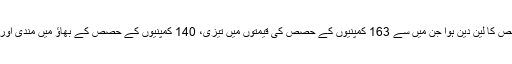
مارکیٹ میں مجموعی طور پر 325 کمپنیوں کے حصص کا لین دین ہوا جن میں سے 163 کمپنیوں کے حصص کی قیمتوں میں تیزی، 140 کمپنیوں کے حصص کے بھاؤ میں مندی اور 22 کمپنیوں کے حصص کی قیمتوں میں استحکام رہا۔